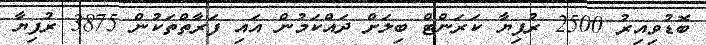
ބޮޑުވިއިރު 2500 ރުފިޔާ ކަރަންޓް ބިލަށް ދައްކަމުން އައި ފަރާތްތަކުން 3875 ރުފިޔާ